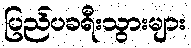
ပြည်ပခရီးသွားများ